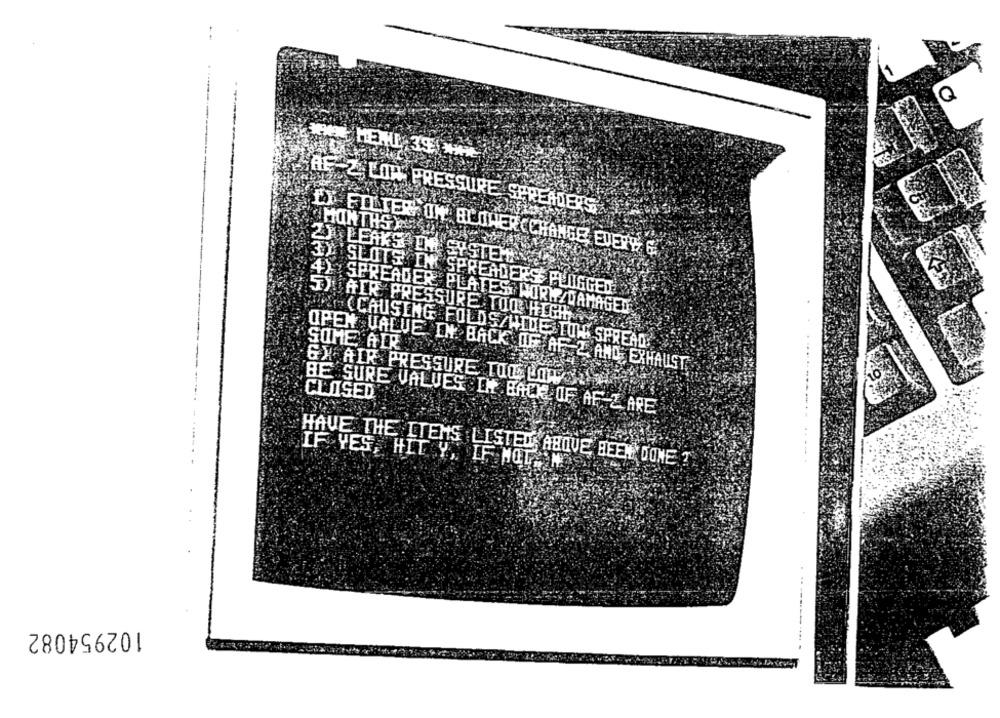
Q
- -
AF 2 LOW PRESSURE SPREADERS
MONTHS YS
LX FILTER ON' BLOWERCCHANGE EVERY G
2) LEAKS EM SYSTEMIN
3) SLOTS IN SPREADERS PLUGGED
4) SPREADER PLATES WORM/DAMAGED
UAIR PRESSURE TOO HIGH
(CAUSING FOLDS/WIDE TOW SPREAD!
SOME AIR
OPEN VALUE IN BACK OF AF 2 AND EXHAUST
GX AIR PRESSURE TIL LOTUS
CLOSED
BE SURE VALUES DI BACK OF AF Z ARE
HAVE THE ITEMS LISTED ABOVE BEEN DONE ?
IF YES, HIT Y, IF NOT.
102954082